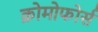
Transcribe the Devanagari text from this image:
क्रोमोफोर्स